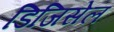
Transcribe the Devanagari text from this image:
डिजिसेल